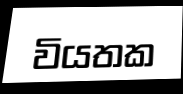
වියතක